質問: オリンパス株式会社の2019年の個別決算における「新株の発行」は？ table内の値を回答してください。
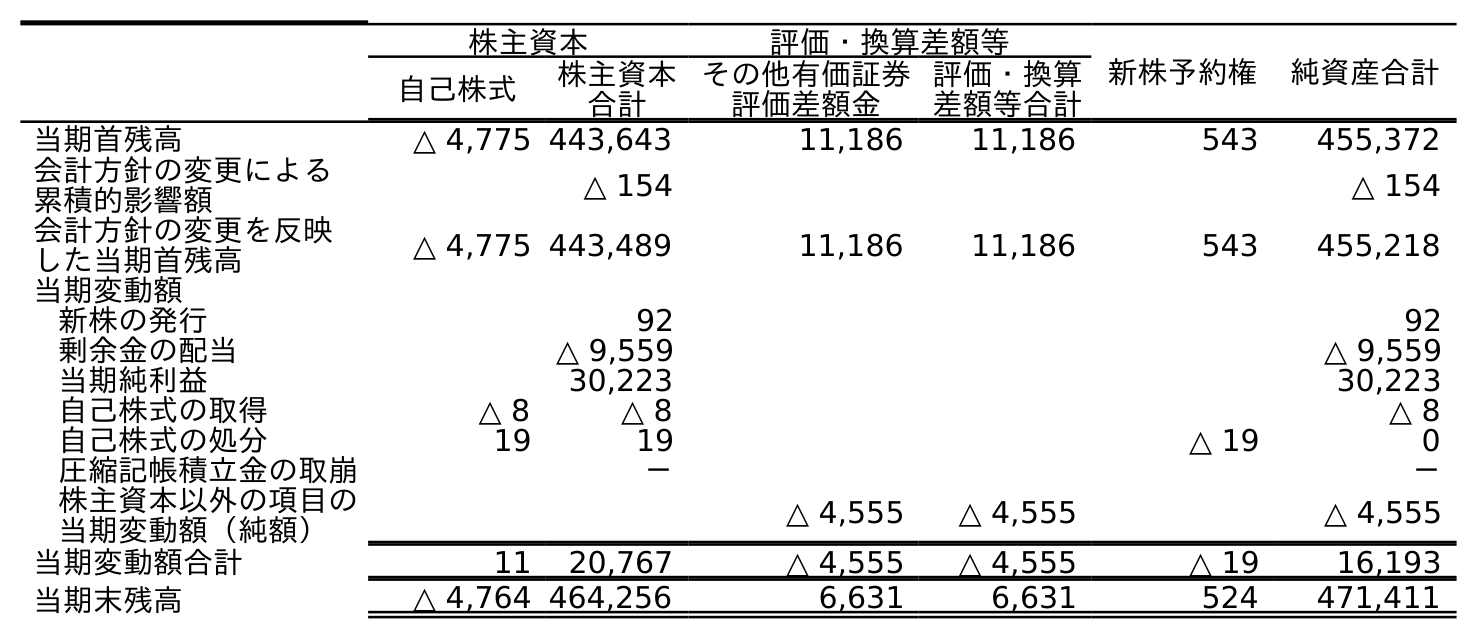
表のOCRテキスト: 株主資本 評価・換算差額等 新株予約権 純資産合計 自己株式 株主資本 合計 その他有価証券 評価差額金 評価・換算 差額等合計 当期首残高 △ 4,775 443,643 11,186 11,186 543 455,372 会計方針の変更による 累積的影響額 △ 154 △ 154 会計方針の変更を反映 した当期首残高 △ 4,775 443,489 11,186 11,186 543 455,218 当期変動額 新株の発行 92 92 剰余金の配当 △ 9,559 △ 9,559 当期純利益 30,223 30,223 自己株式の取得 △ 8 △ 8 △ 8 自己株式の処分 19 19 △ 19 0 圧縮記帳積立金の取崩 － － 株主資本以外の項目の 当期変動額（純額） △ 4,555 △ 4,555 △ 4,555 当期変動額合計 11 20,767 △ 4,555 △ 4,555 △ 19 16,193 当期末残高 △ 4,764 464,256 6,631 6,631 524 471,411
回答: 92